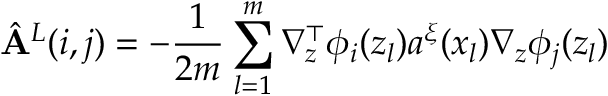
\hat { \mathbf { A } } ^ { L } ( i , j ) = - \frac { 1 } { 2 m } \sum _ { l = 1 } ^ { m } \nabla _ { z } ^ { \top } \phi _ { i } ( z _ { l } ) a ^ { \xi } ( x _ { l } ) \nabla _ { z } \phi _ { j } ( z _ { l } )